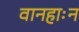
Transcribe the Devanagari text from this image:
वानहाःन